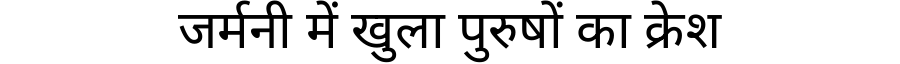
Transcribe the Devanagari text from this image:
जर्मनी में खुला पुरुषों का क्रेश